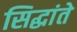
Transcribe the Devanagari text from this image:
सिद्धांते